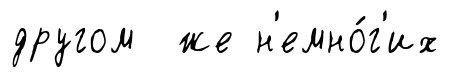
другом же н'емно́г'их